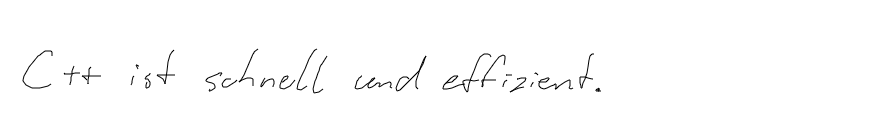
C++ ist schnell und effizient.